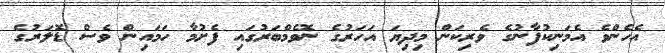
އެހެންވެ އެމަނިކުފާނުގެ ވެރިކަން މިދިޔަ އަހަރުގެ ނޮވެމްބަރުގައި ފެށުމާ ހަމައިން ވެސް ޑޮލަރުގެ